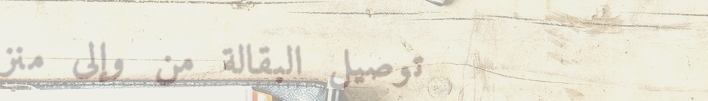
توصيل البقالة من وإلى منز